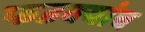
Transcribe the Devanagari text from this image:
फडक्यांच